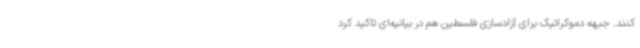
کنند. جبهه دموکراتیک برای آزادسازی فلسطین هم در بیانیه‌ای تاکید کرد